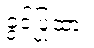
ခွင့်ပြုထား